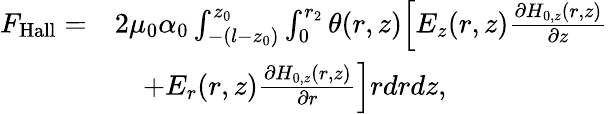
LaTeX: \begin{array}{rl}{F_{\mathrm{Hall}}=}&{2\mu_{0}\alpha_{0}\int_{-(l-z_{0})}^{z_{0}}\int_{0}^{r_{2}}\theta(r,z)\Big[E_{z}(r,z)\frac{\partial H_{0,z}(r,z)}{\partial z}}\\ &{\quad+E_{r}(r,z)\frac{\partial H_{0,z}(r,z)}{\partial r}\Big]rdrdz,}\end{array}